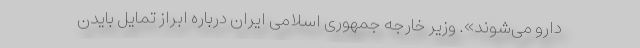
دارو می‌شوند». وزیر خارجه جمهوری اسلامی ایران درباره ابراز تمایل بایدن